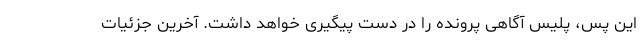
این پس، پلیس آگاهی پرونده را در دست پیگیری خواهد داشت. آخرین جزئیات